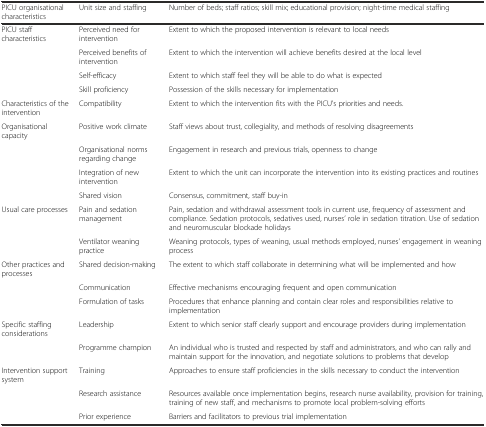
| PICU organisational characteristics | Unit size and staffing | Number of beds; staff ratios; skill mix; educational provision; night-time medical staffing |
 | --- | --- | --- |
 | PICU staff characteristics | Perceived need for intervention | Extent to which the proposed intervention is relevant to local needs |
 |  | Perceived benefits of intervention | Extent to which the intervention will achieve benefits desired at the local level |
 |  | Self-efficacy | Extent to which staff feel they will be able to do what is expected |
 |  | Skill proficiency | Possession of the skills necessary for implementation |
 | Characteristics of the intervention | Compatibility | Extent to which the intervention fits with the PICU’s priorities and needs. |
 | Organisational capacity | Positive work climate | Staff views about trust, collegiality, and methods of resolving disagreements |
 |  | Organisational norms regarding change | Engagement in research and previous trials, openness to change |
 |  | Integration of new intervention | Extent to which the unit can incorporate the intervention into its existing practices and routines |
 |  | Shared vision | Consensus, commitment, staff buy-in |
 | Usual care processes | Pain and sedation management | Pain, sedation and withdrawal assessment tools in current use, frequency of assessment and compliance. Sedation protocols, sedatives used, nurses’ role in sedation titration. Use of sedation and neuromuscular blockade holidays |
 |  | Ventilator weaning practice | Weaning protocols, types of weaning, usual methods employed, nurses’ engagement in weaning process |
 | Other practices and processes | Shared decision-making | The extent to which staff collaborate in determining what will be implemented and how |
 |  | Communication | Effective mechanisms encouraging frequent and open communication |
 |  | Formulation of tasks | Procedures that enhance planning and contain clear roles and responsibilities relative to implementation |
 | Specific staffing considerations | Leadership | Extent to which senior staff clearly support and encourage providers during implementation |
 |  | Programme champion | An individual who is trusted and respected by staff and administrators, and who can rally and maintain support for the innovation, and negotiate solutions to problems that develop |
 | Intervention support system | Training | Approaches to ensure staff proficiencies in the skills necessary to conduct the intervention |
 |  | Research assistance | Resources available once implementation begins, research nurse availability, provision for training, training of new staff, and mechanisms to promote local problem-solving efforts |
 |  | Prior experience | Barriers and facilitators to previous trial implementation |